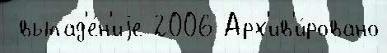
 выпад'е́н'иjе 2006 Арх'ив'и́ровано